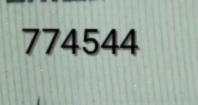
774544